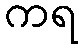
ကရ